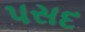
પસદ